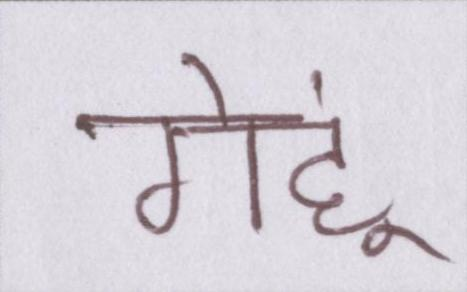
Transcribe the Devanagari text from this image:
गेहूं